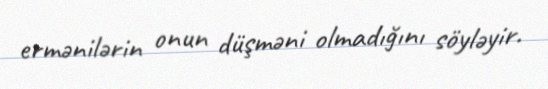
ermənilərin onun düşməni olmadığını söyləyir.